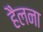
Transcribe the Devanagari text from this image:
हैलना